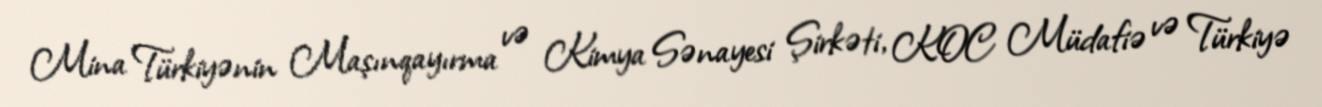
Mina Türkiyənin Maşınqayırma və Kimya Sənayesi Şirkəti, KOC Müdafiə və Türkiyə